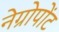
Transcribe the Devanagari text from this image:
नेग्रोपोंट